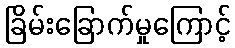
ခြိမ်းခြောက်မှုကြောင့်